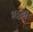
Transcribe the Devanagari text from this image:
भट्टची